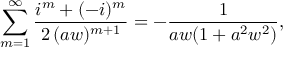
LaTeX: \sum _ { m = 1 } ^ { \infty } \frac { i ^ { m } + ( - i ) ^ { m } } { 2 \, ( a w ) ^ { m + 1 } } = - \frac { 1 } { a w ( 1 + a ^ { 2 } w ^ { 2 } ) } ,